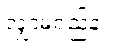
လျှာမရှည်နဲ့။